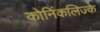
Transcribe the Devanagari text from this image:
कोनिंकलिज्के